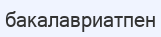
бакалавриатпен